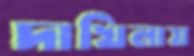
দাখিলায়